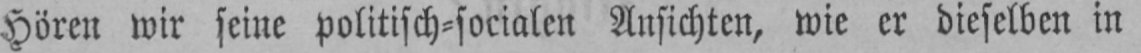
Hören wir seine politisch⸗socialen Ansichten, wie er dieselben in